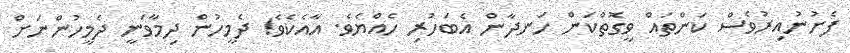
ފެށުނުއިރުވެސް ކަންތަައް ވީގޮތްކަން ހަނދާން އެބަހުރި ހެއްޔެވެ. އާއެކެވެެ! ދެމީހުން ދިމާވަނީ ދެމީހުންނަށް